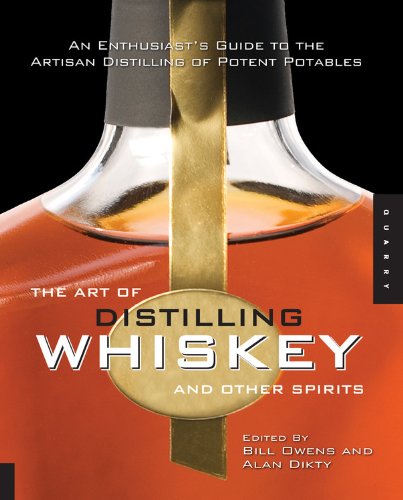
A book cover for The Art of Distilling Whiskey and Other Spirits: An Enthusiast's Guide to the Artisan Distilling of Potent Potables; Cookbooks, Food & Wine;